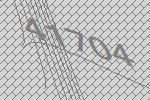
41704